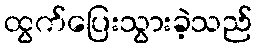
ထွက်ပြေးသွားခဲ့သည်